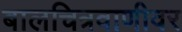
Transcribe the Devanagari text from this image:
बालचित्रवाणीवर